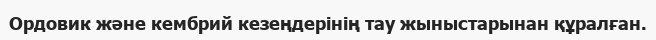
Ордовик және кембрий кезеңдерінің тау жыныстарынан құралған.